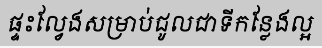
ផ្ទះល្វែងសម្រាប់ជូលជាទីកន្លែងល្អ